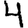
Digit: 4